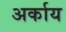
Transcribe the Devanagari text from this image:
अर्काय